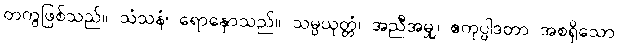
တကွဖြစ်သည်။ သံသနံ၊ ရောနှောသည်။ သမ္ပယုတ္တံ၊ အညီအမျှ၊ ဧကုပ္ပါဒတာ အစရှိသော